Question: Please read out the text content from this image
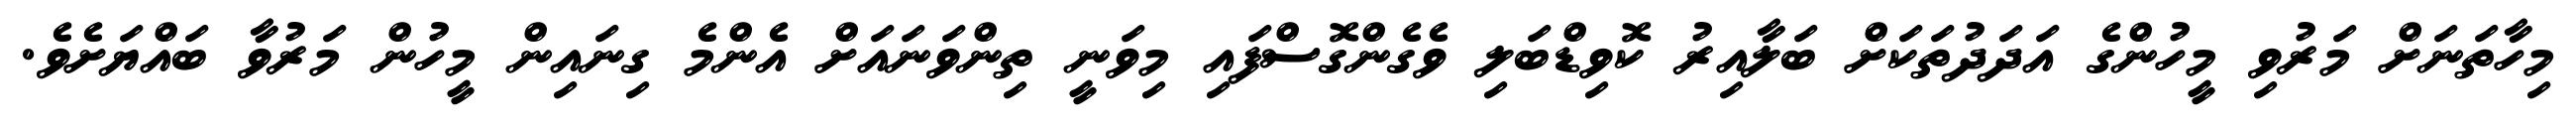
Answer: މިހާތަނަށް މަރުވި މީހުންގެ އަދަދުތަކަށް ބަލާއިރު ކޮވިޑްބަލި ވެގެންގޮސްފައި މިވަނީ ތިންވަނައަށް އެންމެ ގިނައިން މީހުން މަރުވާ ބައްޔަށެވެ.